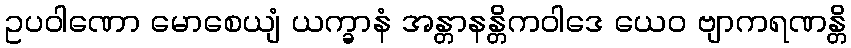
ဥပဝါဏော မောစေယျံ ယက္ခာနံ အန္တာနန္တိကဝါဒေ ယေဝ ဗျာကရဏန္တိ